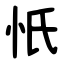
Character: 忯